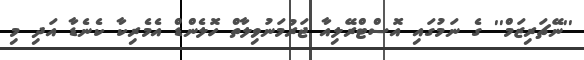
''ނޭޗަރިޒަމް'' ގެ ނަމުގައި އޮސްޓްރޭލިއާ ޖަރުމަނުވިލާތް ހޮލެންޑް އެމެރިކާ ކެނެޑާ އަދި މި